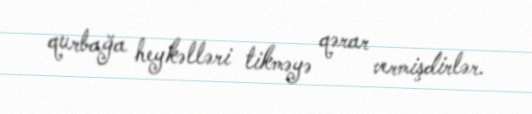
qurbağa heykəlləri tikməyə qərar vermişdirlər.